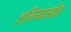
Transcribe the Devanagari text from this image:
इतियाडोह